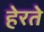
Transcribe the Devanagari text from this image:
हेरते